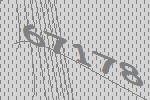
67178